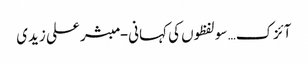
آئزک… سو لفظوں کی کہانی- مبشر علی زیدی